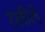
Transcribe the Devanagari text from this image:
रखीले